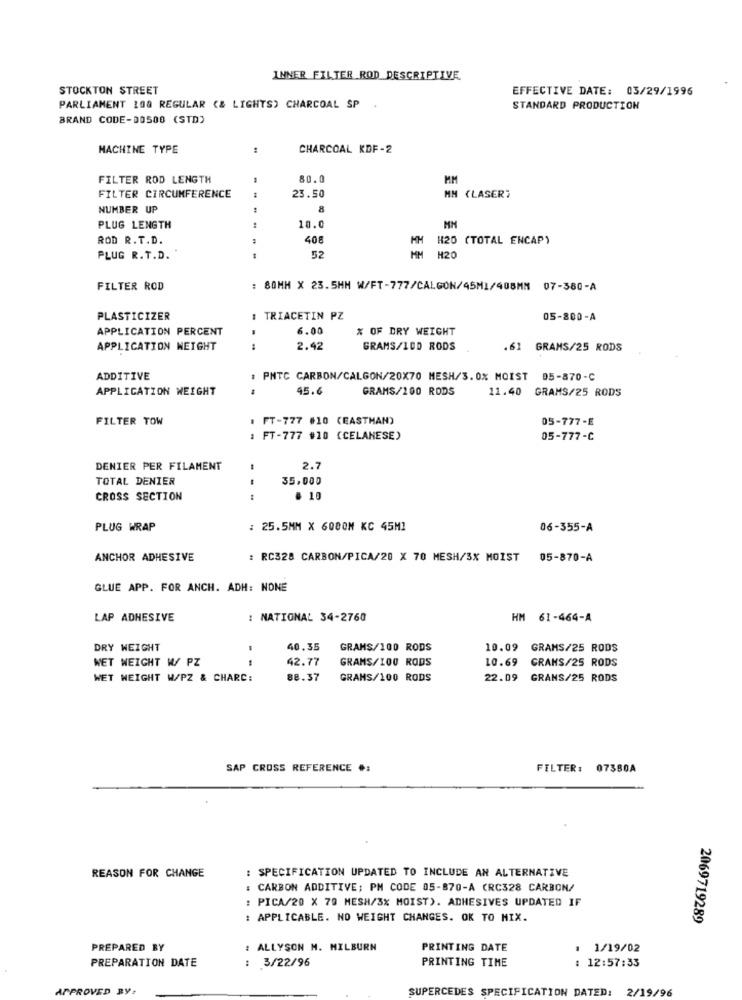
INNER FILTER ROD DESCRIPTIVE
STOCKTON STREET
EFFECTIVE DATE: 03/29/1996
PARLIAMENT 108 REGULAR (& LIGHTS) CHARCOAL SP
STANDARD PRODUCTION
BRAND CODE-DO500 (STD)
MACHINE TYPE
CHARCOAL KDF-2
FILTER ROD LENGTH
80.0
MM
FILTER CIRCUMFERENCE
23.50
MM (LASER?
NUMBER UP
8
PLUG LENGTH
10.0
MH
ROD R. T.D.
408
HM H20 (TOTAL ENCAP)
PLUG R.T.D.
52
MM
H20
FILTER ROD
80MH X 23.5MM W/FT-777/CALGON/45M1/408MM 07-380-A
PLASTICIZER
TRIACETIN PZ
05-800-A
APPLICATION PERCENT
6.00
% OF DRY WEIGHT
APPLICATION WEIGHT
2.42
GRAMS/100 RODS
.61 GRAMS/25 RODS
ADDITIVE
: PNTC CARBON/CALGON/20X70 MESH/3.0% MOIST 05-870-C
APPLICATION WEIGHT
45.6
GRAMS/100 RODS
11.40 GRAMS/25 RODS
FILTER TOW
FT-777 #10 (EASTMAN)
05-777-E
FT-777 #10 (CELANESE)
05-777-C
DENIER PER FILAMENT
2.7
TOTAL DENIER
35,000
CROSS SECTION
--
. 10
PLUG WRAP
: 25.5MM X 6000M KC 45MI
06-355-A
ANCHOR ADHESIVE
: RC328 CARBON/PICA/20 X 70 MESH/3X MOIST
05-870-A
GLUE APP. FOR ANCH. ADH: NONE
LAP ADHESIVE
: NATIONAL 34-2760
HM 61-464-A
DRY WEIGHT
40.35
GRAMS/100 RODS
10.09 GRAMS/25 RODS
WET WEIGHT W/ PZ
--
42.77
GRAMS/100 RODS
10.69
CRANS/25 RODS
WET WEIGHT W/PZ & CHARC:
88.37
GRAMS/100 RODS
22.09
GRANS/25 RODS
SAP CROSS REFERENCE #:
FILTER: 07380A
REASON FOR CHANGE
: SPECIFICATION UPDATED TO INCLUDE AN ALTERNATIVE
CARBON ADDITIVE; PM CODE 05-870-A CRC328 CARBON/
: PICA/20 X 70 MESH/3% MOIST). ADHESIVES UPDATED IF
: APPLICABLE. NO WEIGHT CHANGES. OK TO MIX.
2069719289
PREPARED BY
: ALLYSON M. MILBURN
PRINTING DATE
.
1/19/02
PREPARATION DATE
: 3/22/96
PRINTING TIME
12:57:33
APPROVED BY:
SUPERCEDES SPECIFICATION DATED:
2/19/96